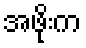
အဖိုးက